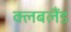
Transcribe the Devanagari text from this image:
क्लबलैंड